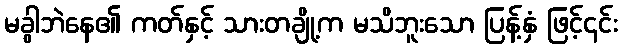
မခွါဘဲနေ၏ ကတ်နှင့် သားတချို့က မသိဘူးသော ပြန့်နှံ ဖြင့်၄င်း